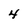
Character: 4